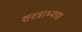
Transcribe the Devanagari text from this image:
शस्त्राभ्यास